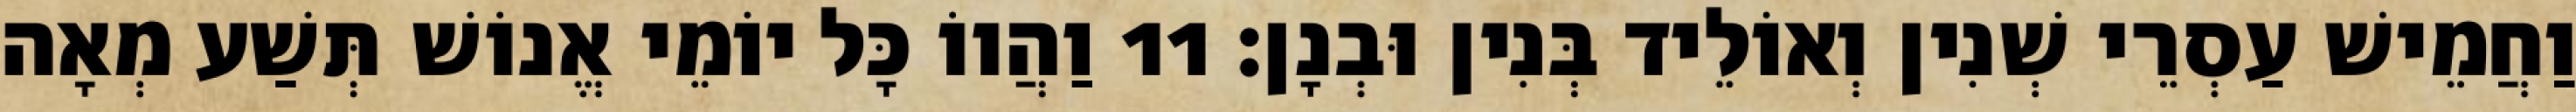
וַחֲמֵישׁ עַסְרֵי שְׁנִין וְאוֹלֵיד בְּנִין וּבְנָן׃ 11 וַהֲווֹ כָּל יוֹמֵי אֱנוֹשׁ תְּשַׁע מְאָה